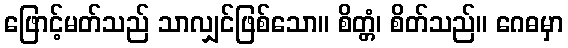
ဖြောင့်မတ်သည် သာလျှင်ဖြစ်သော။ စိတ္တံ၊ စိတ်သည်။ ဂေဓမှာ